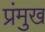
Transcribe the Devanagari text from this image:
प्रंमुख